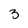
Character: 3